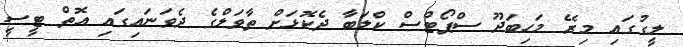
ލީގުގައި މިރޭ މަހިބަދޫ ސްޕޯޓްސް ކްލަބާ ދެކޮޅަށް ތާވަލްގެ ދެވަނައިގައި އޮތް ޓީސީ